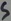
Text: S